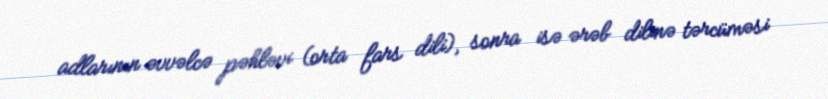
adlarının əvvəlcə pəhləvi (orta fars dili), sonra isə ərəb dilinə tərcüməsi